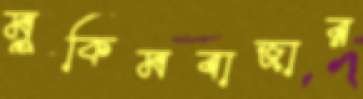
মুকিমবাজার